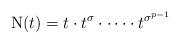
LaTeX: \begin{align*}\mathrm{N}(t) = t \cdot t^{\sigma} \cdot \cdots \cdot t^{\sigma^{p-1}}\end{align*}